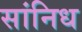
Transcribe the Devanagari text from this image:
सांनिध